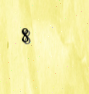
8